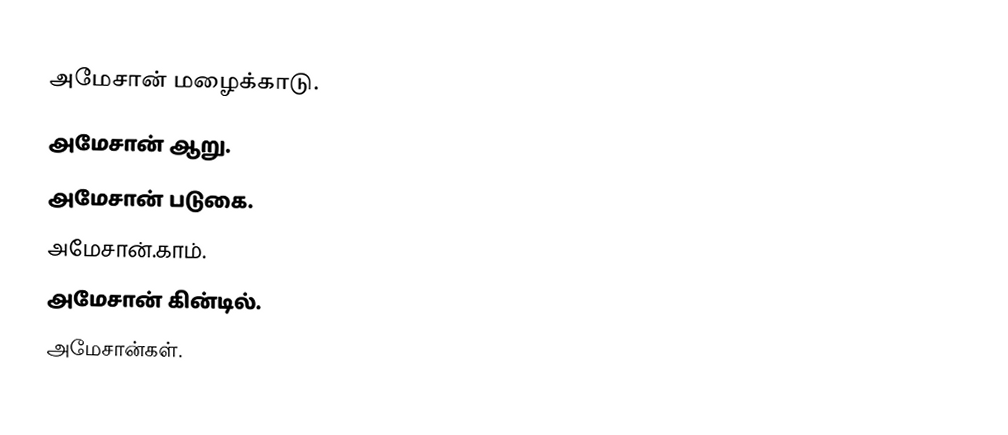
அமேசான் மழைக்காடு.
அமேசான் ஆறு.
அமேசான் படுகை.
அமேசான்.காம்.
அமேசான் கின்டில்.
அமேசான்கள்.